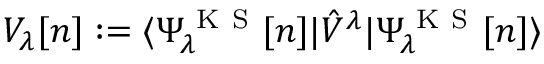
V _ { \lambda } [ n ] : = \langle \Psi _ { \lambda } ^ { \mathrm { ~ K ~ S ~ } } [ n ] | \hat { V } ^ { \lambda } | \Psi _ { \lambda } ^ { \mathrm { ~ K ~ S ~ } } [ n ] \rangle